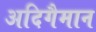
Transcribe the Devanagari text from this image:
अदिगैमान